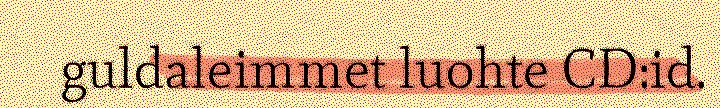
guldaleimmet luohte CD:id.